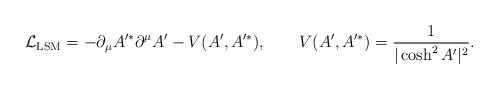
\begin{align*}{\cal L}_{\rm LSM}=-\partial_\mu A'^* \partial^\mu A' -V(A', A'^*), \qquad V(A', A'^*)={1 \over |\cosh^2 A'|^2} .\end{align*}